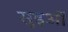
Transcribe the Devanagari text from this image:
सुइओं